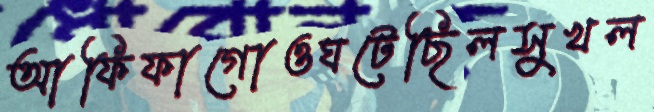
আফিফাগোওঘটেছিলসুখল